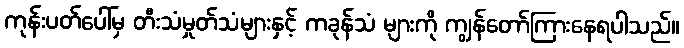
ကုန်းပတ်ပေါ်မှ တီးသံမှုတ်သံများနှင့် ကခုန်သံ များကို ကျွန်တော်ကြားနေရပါသည်။